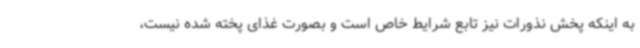
به اینکه پخش نذورات نیز تابع شرایط خاص است و بصورت غذای پخته شده نیست،